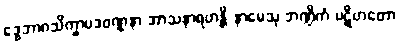
ဒွေဘာဂသိက္ခာပဒဝဏ္ဏနာ အာသနာရဟန္တိ နာမေသု ဘဏ္ဍိကံ ပဋိဟတော